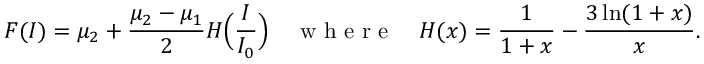
F ( I ) = \mu _ { 2 } + \frac { \mu _ { 2 } - \mu _ { 1 } } { 2 } H \Big ( \frac { I } { I _ { 0 } } \Big ) \quad \mathrm { ~ w ~ h ~ e ~ r ~ e ~ } \quad H ( x ) = \frac { 1 } { 1 + x } - \frac { 3 \ln ( 1 + x ) } { x } .